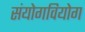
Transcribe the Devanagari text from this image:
संयोगवियोग